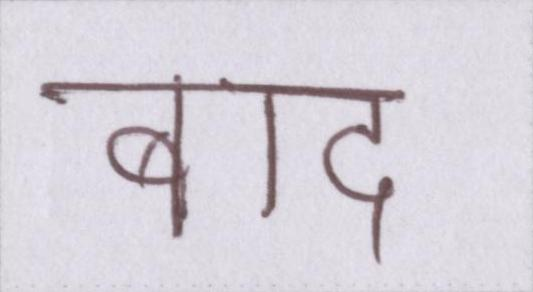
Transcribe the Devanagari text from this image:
बाद